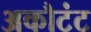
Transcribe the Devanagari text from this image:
अकौटंट